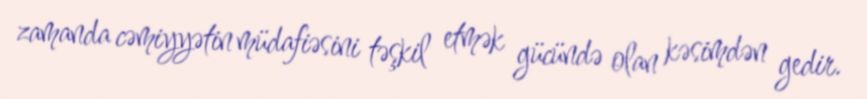
zamanda cəmiyyətin müdafiəsini təşkil etmək gücündə olan kəsimdən gedir.